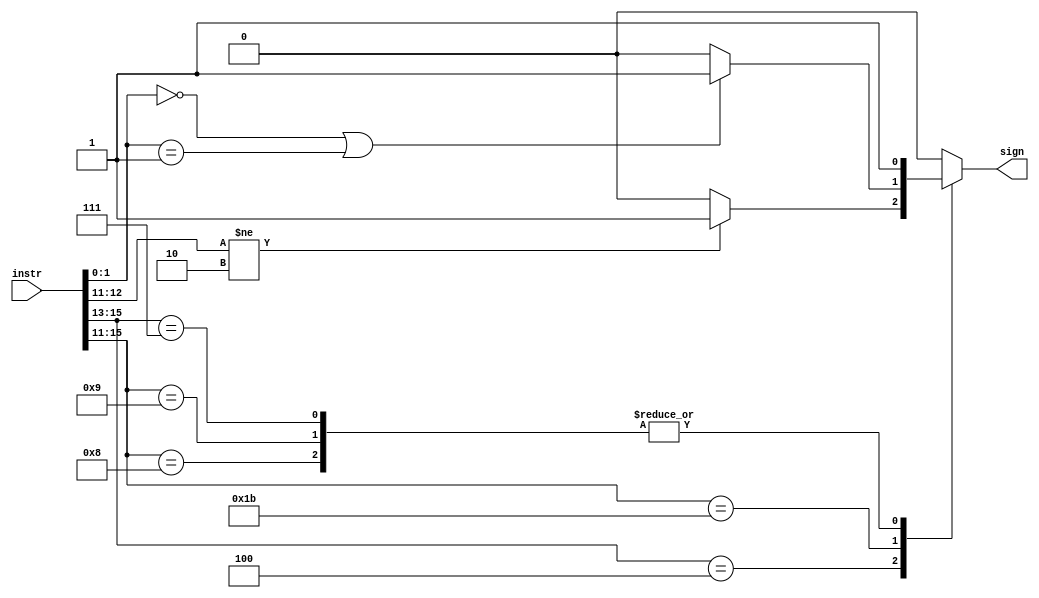
module alu_sign (instr,sign);
input [15:0]instr;
output reg sign; 
 
always @* begin 
	casex(instr[15:11])
	//ADDI
	5'b01000: begin 
		sign=1;
	end

	//SUBI
	5'b01001: begin 
		sign=1;
	end  

	//ST, LD, LTU
	5'b100??:begin 
		sign=(instr[12:11]!=2'b10)?1:0;//NOT SLBI, 1, otherwise,0
	end

	//ADD, SUB
	5'b11011:begin 
		sign=((instr[1:0]==2'b00)|(instr[1:0]==2'b01))?1:0;
	end

	//SEQ, SLT, SLE, SCO 
	5'b111??:begin
		sign=1;
	end

	default:begin 
		sign=0;
	end

	endcase 
end 

endmodule